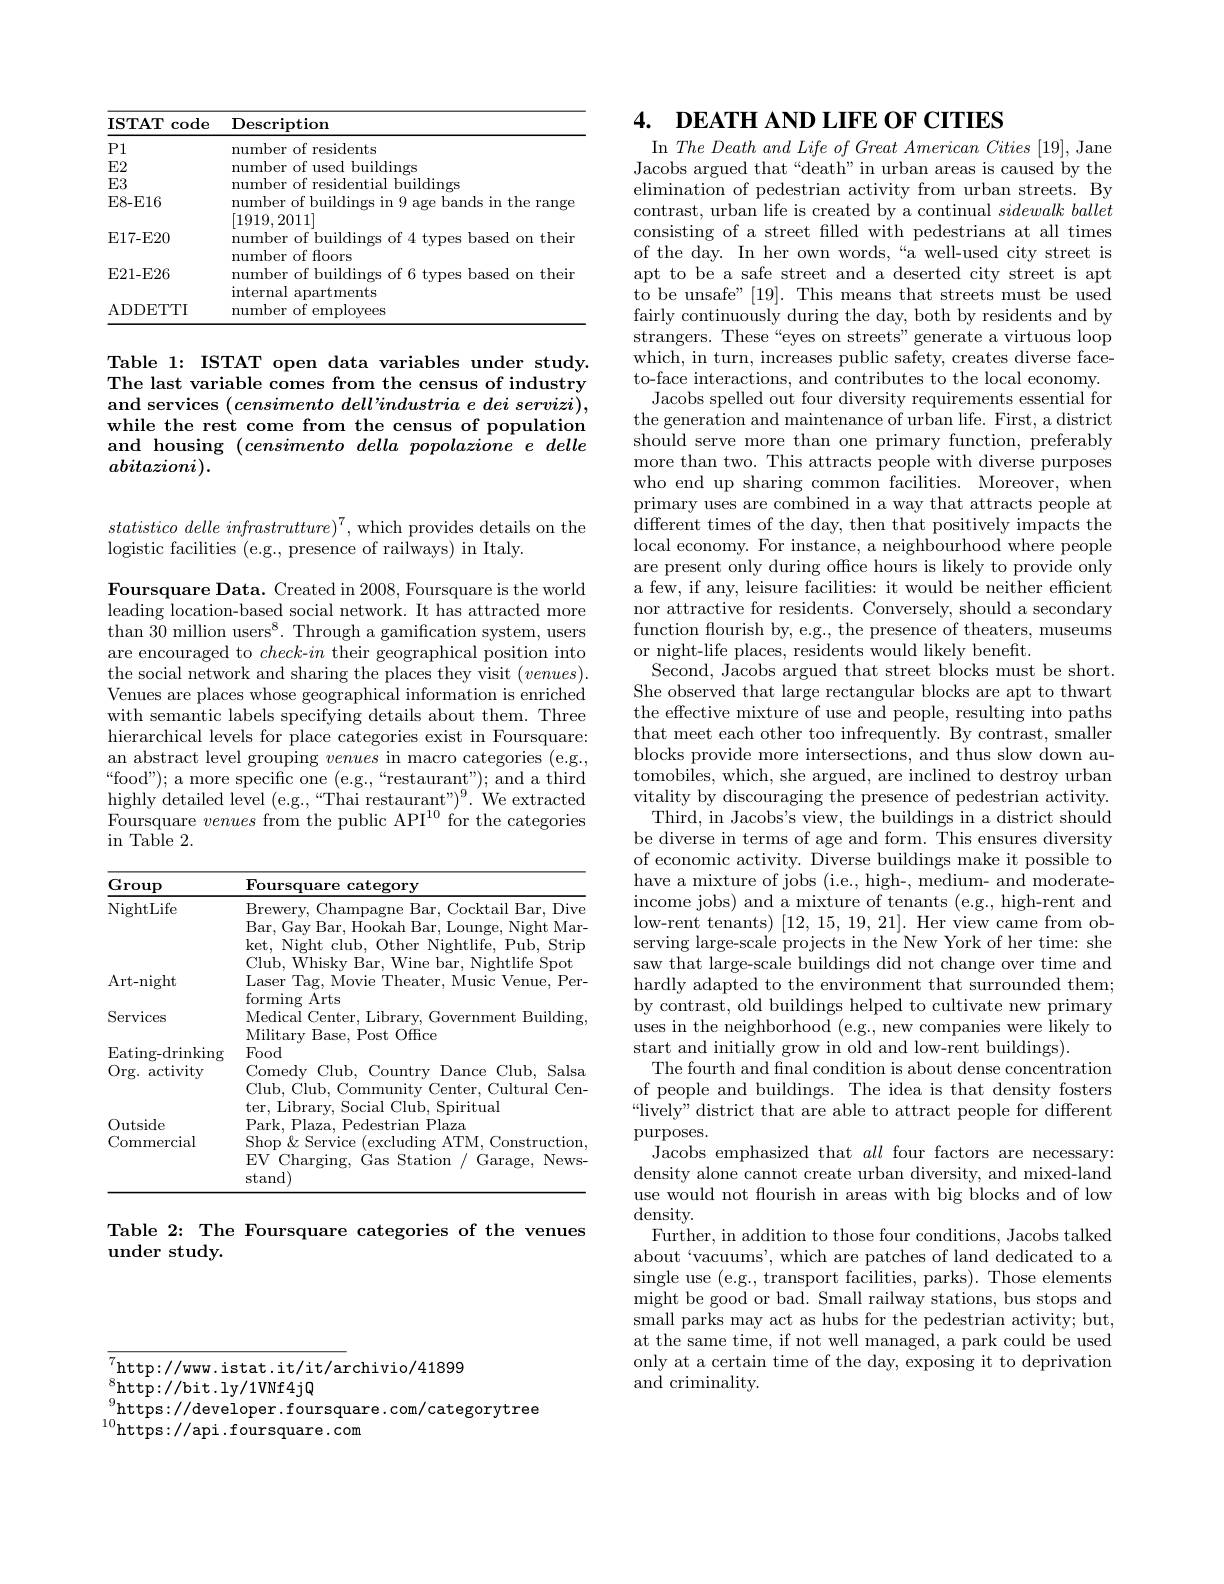
<table>
	<tbody>
		<tr>
			<th>$\mathbf{ISTAT}$ code</th>
			<th>Description</th>
		</tr>
		<tr>
			<td>P1</td>
			<td>residents mun $pr$</td>
		</tr>
		<tr>
			<td>E2</td>
			<td>dings mim</td>
		</tr>
		<tr>
			<td>$E3$</td>
			<td>numher buildings</td>
		</tr>
		<tr>
			<td>E8- E16</td>
			<td>number of buildings in 9 age bands in the range</td>
		</tr>
		<tr>
			<td>E17-E20</td>
			<td>$/L/$ number of buildings of 4 types based on thein</td>
		</tr>
		<tr>
			<td>E21- E26</td>
			<td>number of buildings of 6 types based on thein</td>
		</tr>
		<tr>
			<td>ADDETTI</td>
			<td>number of employees</td>
		</tr>
	</tbody>
</table>

Table 1: ISTAT open data variables under study. The last variable comes from the census of industry and services $( \textit{censimento dell' industria e dei servizi}) $, while the rest come from the census of population and housing $( censimento\textit{della popolazione e delle}$ $abitazioni).$

statistico delle infrastrutture)$^7$, which provides details on the
logistic facilities (e.g., presence of railways) in Italy.

Foursquare Data. Created in 2008, Foursquare is the world leading location-based social network. It has attracted more than 30 million user$s^8$. Through a gamification system, users are encouraged to check-$in$ their geographical position into the social network and sharing the places they visit $(venues).$ Venues are places whose geographical information is enriched with semantic labels specifying details about them. Three hierarchical levels for place categories exist in Foursquare: an abstract level grouping venues in macro categories (e.g., “food”); a more specific one (e.g.,“restaurant"); and a third highly detailed level (e.g.,“Thai restaurant"$)^9.$We extracted Foursquare venues from the public API$^10$ for the categories $\operatorname{in}$ Table 2.

<table>
	<tbody>
		<tr>
			<th>Group</th>
			<th>$\mathbf{Foursquare}$ category</th>
		</tr>
		<tr>
			<td>NightLife</td>
			<td>Brewery, Champagne Bar, Cocktail Bar, Dive Bar, Gay Bar, Hookah Bar, Lounge, Night Mar ket, Night club, Other Nightlife, Pub, Strip Virhtlifo</td>
		</tr>
		<tr>
			<td>Art- night</td>
			<td>aser r Tag, Movie Theater, Music Venue. Per</td>
		</tr>
		<tr>
			<td>Services</td>
			<td>Medical Center, Library, Government Building Militarv Base, Post Office</td>
		</tr>
		<tr>
			<td>$\operatorname{Eating-drinking}$ Org. $\varepsilon$ activity</td>
			<td>Military Base, Post Office Food Comedy Club, 0 Country Dance ( Club, Salsa Club, Club, Community ${\mathrm{y~Center,~Cultural~Cen}}$</td>
		</tr>
		<tr>
			<td>Outside Commercial</td>
			<td>,UdI Park, Plaza, Pedestrian Plaza Shop $\&$ Service (excluding ATM, Construction EV Charging, Gas Station / Garage, News- stand)</td>
		</tr>
	</tbody>
</table>

Table 2: The Foursquare categories of the venues
under study.

## 4. $\textbf{DEATH AND LIFE OF CITIES}$

In The Death and Life of Great American Cities [19], Jane Jacobs argued that “death” in urban areas is caused by the elimination of pedestrian activity from urban streets. By contrast, urban life is created by a continual sidewalk ballet consisting of a street filled with pedestrians at all times of the day. In her own words,“a well-used city street is apt to be a safe street and a deserted city street is apt to be unsafe"[19]. This means that streets must be used fairly continuously during the day, both by residents and by strangers. These“eyes on streets”generate a virtuous loop which, in turn, increases public safety, creates diverse faceto-face interactions, and contributes to the local economy.
Jacobs spelled out four diversity requirements essential for the generation and maintenance of urban life. First, a district should serve more than one primary function, preferably more than two. This attracts people with diverse purposes who end up sharing common facilities. Moreover, when primary uses are combined in a way that attracts people at different times of the day, then that positively impacts the local economy. For instance, a neighbourhood where people are present only during office hours is likely to provide only a few, if any, leisure facilities: it would be neither efficient nor attractive for residents. Conversely, should a secondary function flourish by, e.g., the presence of theaters, museums or night-life places, residents would likely benefit.
Second, Jacobs argued that street blocks must be short. She observed that large rectangular blocks are apt to thwart the effective mixture of use and people, resulting into paths that meet each other too infrequently. By contrast, smaller blocks provide more intersections, and thus slow down automobiles, which, she argued, are inclined to destroy urban vitality by discouraging the presence of pedestrian activity. Third, in Jacobs's view, the buildings in a district should
be diverse in terms of age and form. This ensures diversity of economic activity. Diverse buildings make it possible to have a mixture of jobs (i.e., high-, medium- and moderateincome jobs) and a mixture of tenants (e.g., high-rent and low-rent tenants) [12,15,19,21]. Her view came from observing large-scale projects in the New York of her time: she saw that large-scale buildings did not change over time and $\bar{\text{hardly adapted to the environment that surrounded them;}}$ by contrast, old buildings helped to cultivate new primary uses in the neighborhood (e.g., new companies were likely to start and initially grow in old and low-rent buildings).
The fourth and final condition is about dense concentration of people and buildings. The idea is that density fosters “lively" district that are able to attract people for different purposes.
Jacobs emphasized that all four factors are necessary: density alone cannot create urban diversity, and mixed-land use would not flourish in areas with big blocks and of low density.
Further, in addition to those four conditions, Jacobs talked about`vacuums', which are patches of land dedicated to a single use (e.g., transport facilities, parks). Those elements might be good or bad. Small railway stations, bus stops and small parks may act as hubs for the pedestrian activity; but, at the same time, if not well managed, a park could be used only at a certain time of the day, exposing it to deprivation and criminality.

$_{0}^{7}$http://www.istat.it/it/archivio/41899
${}_{0}^{8}{\mathrm{http://bit.ly/1VNf4jQ}}$
https: / / developer. foursquare. com/ categorytree
$^{10}$https://api.foursquare.com